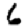
Digit: 6